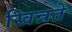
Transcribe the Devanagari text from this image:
खिन्नते